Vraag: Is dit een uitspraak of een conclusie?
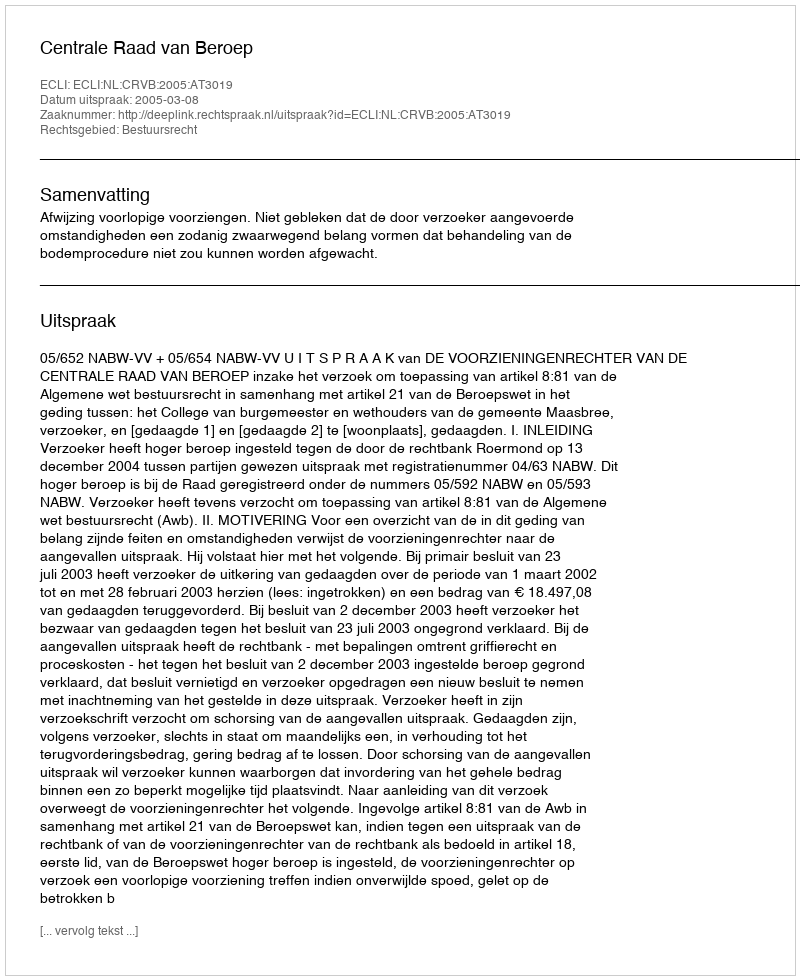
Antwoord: Uitspraak